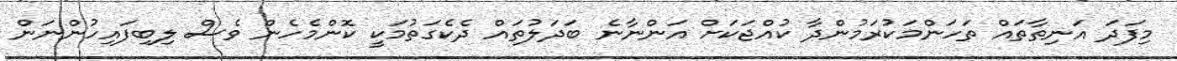
މިފަދަ އަނިތާތައް ތަހަންމަކުރަމުންދާ ކުއްޖަކަށް އަންނާނެ ބަދަލުތައް ދެކެގަތުމަކީ ކޮންމެހެން ވެސް ލިބިފައިހުންނަން